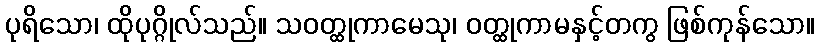
ပုရိသော၊ ထိုပုဂ္ဂိုလ်သည်။ သဝတ္ထုကာမေသု၊ ဝတ္ထုကာမနှင့်တကွ ဖြစ်ကုန်သော။